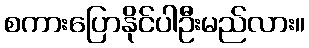
စကားပြောနိုင်ပါဦးမည်လား။